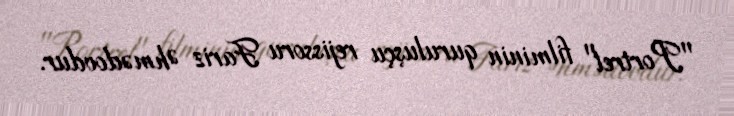
"Portret" filminin quruluşçu rejissoru Fariz Əhmədovdur.